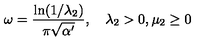
\omega = { \frac { \ln ( 1 / { \lambda _ { 2 } } ) } { \pi \sqrt { \alpha ^ { \prime } } } } , \quad { \lambda _ { 2 } } > 0 , { \mu _ { 2 } } \geq 0